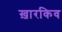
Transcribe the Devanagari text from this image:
ख़ारकिव